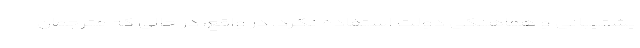
پشتیبانی و هماهنگی دولت استفاده نکرد. در واقع، در حالی که مترجمان